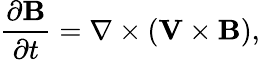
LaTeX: \frac{\partial\mathbf{B}}{\partial t}=\nabla\times\left(\mathbf{V}\times\mathbf{B}\right),